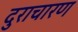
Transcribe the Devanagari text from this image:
दुराचारण